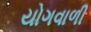
યોગવાળી